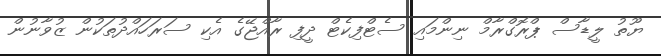
ޔޫތު ލީޑާސް ޕްރޮގްރާމް ނިންމައި ސެޓްފިކެޓް ދީފި ރާއްޖޭގެ އެކި ސަރަހައްދުތަކުން ޒުވާނުން